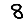
Digit: 8